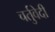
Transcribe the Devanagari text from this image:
चर्तुवेदी